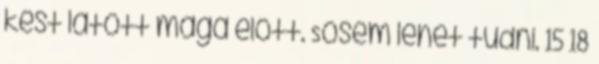
kést látott maga előtt. Sosem lehet tudni. 15 18